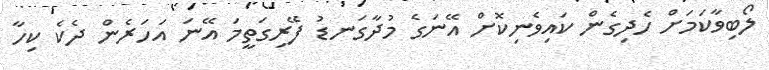
ލޯބިވާކަމަށް ހެދިގެން ކައިވެނިކޮށް އޭނަގެ މުދާގަނޑު ފޭރިގަތީމަ އޭނަ އަހަރެން ދެކެ ކިހާ